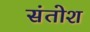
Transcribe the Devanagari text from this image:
संतोश